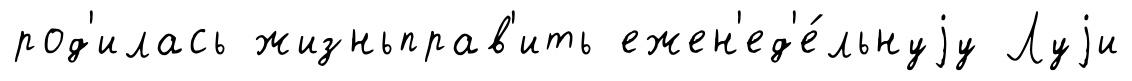
род'илась жизньправ'ить ежен'ед'е́льнуjу Луjи